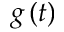
g \left( t \right)